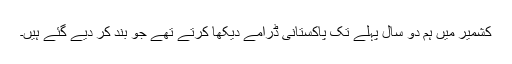
کشمیر میں ہم دو سال پہلے تک پاکستانی ڈرامے دیکھا کرتے تھے جو بند کر دیے گئے ہیں۔